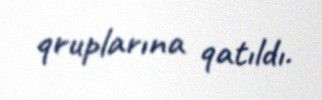
qruplarına qatıldı.